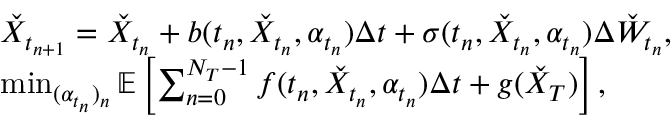
\begin{array} { r l } & { \check { X } _ { t _ { n + 1 } } = \check { X } _ { t _ { n } } + b ( t _ { n } , \check { X } _ { t _ { n } } , \alpha _ { t _ { n } } ) \Delta t + \sigma ( t _ { n } , \check { X } _ { t _ { n } } , \alpha _ { t _ { n } } ) \Delta \check { W } _ { t _ { n } } , } \\ & { \operatorname* { m i n } _ { ( \alpha _ { t _ { n } } ) _ { n } } \mathbb { E } \left[ \sum _ { n = 0 } ^ { N _ { T } - 1 } f ( t _ { n } , \check { X } _ { t _ { n } } , \alpha _ { t _ { n } } ) \Delta t + g ( \check { X } _ { T } ) \right] , } \end{array}